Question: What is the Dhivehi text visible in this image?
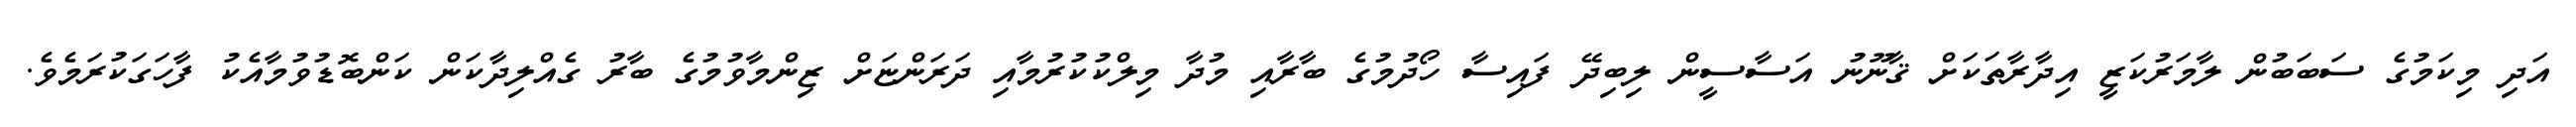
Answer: އަދި މިކަމުގެ ސަބަބުން ލާމަރުކަޒީ އިދާރާތަކަށް ޤާނޫނު އަސާސީން ލިބިދޭ ފައިސާ ހޯދުމުގެ ބާރާއި މުދާ މިލްކުކުރުމާއި ދަރަންޏަށް ޒިންމާވުމުގެ ބާރު ގެއްލިދާކަން ކަންބޮޑުވުމާއެކު ފާހަގަކުރަމެވެ.